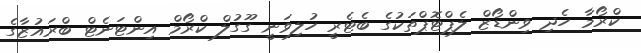
ކްރޯމާ ހެދި ވިންޑޯޒް ލެޕްޓޮޕްތަކުގެ ބެޓެރީ ހުލިވަނީ ގޫގުލް ކްރޯމް އިންޓަނެޓް ބްރައުޒާގެ